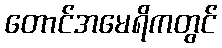
တောင်အမေရိကတွင်